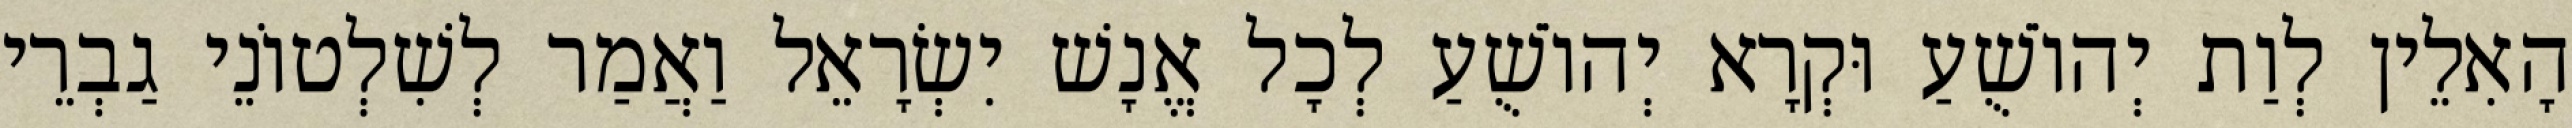
הָאִלֵין לְוַת יְהוֹשֻׁעַ וּקְרָא יְהוֹשֻׁעַ לְכָל אֱנָשׁ יִשְׂרָאֵל וַאֲמַר לְשִׁלְטוֹנֵי גַבְרֵי